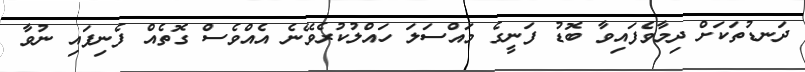
ދަނޑުތަކަށް ދިމާވެފައިވާ ބޮޑު ފަނީގެ މައްސަލަ ހައްލުކުރެވޭނެ އެއްވެސް ގޮތެއް ފެނިފައި ނުވާ